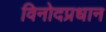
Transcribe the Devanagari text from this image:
विनोदप्रधान